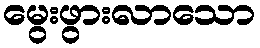
မွေးဖွားလာသော